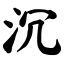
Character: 沉